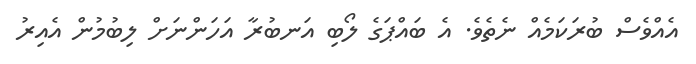
އެއްވެސް ބުރަކަމެއް ނެތެވެ. އެ ބައްޕަގެ ލޯބި އަނބުރާ އަހަންނަށް ލިބުމުން އެއިރު